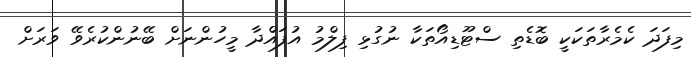
މިފަދަ ކެމެރާތަކަކީ ބޮޑެތި ސްޓޫޑިއޯތަކާ ނުގުޅި ފިލްމު އުފައްދާ މީހުންނަށް ބޭނުންކުރެވޭ ވަރަށް